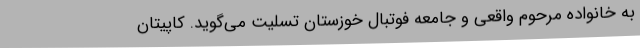
به خانواده مرحوم واقعی و جامعه فوتبال خوزستان تسلیت می‌گوید. کاپیتان